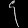
Digit: ၄